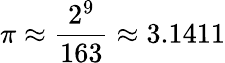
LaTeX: \pi\approx{\frac{2^{9}}{163}}\approx 3.1411